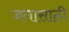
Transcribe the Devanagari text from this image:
जगासाठी